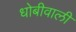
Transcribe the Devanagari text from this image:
धोबीवाली